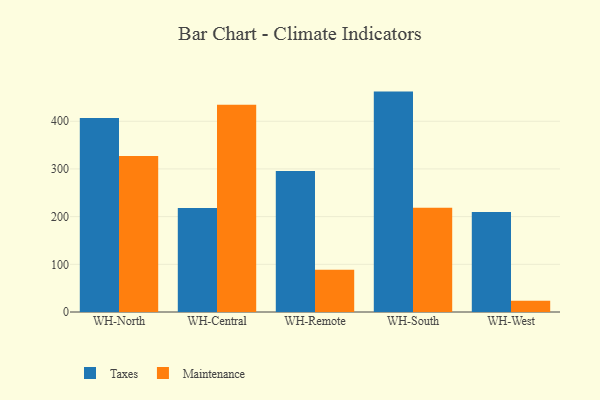
{"axis": {"x": "Warehouse", "y": "Energy Usage (MWh)"}, "legend": ["Maintenance", "Taxes"], "data": [{"x": "WH-North", "y": 406.6, "type": "Taxes"}, {"x": "WH-North", "y": 327.1, "type": "Maintenance"}, {"x": "WH-Central", "y": 218.1, "type": "Taxes"}, {"x": "WH-Central", "y": 434.8, "type": "Maintenance"}, {"x": "WH-Remote", "y": 295.6, "type": "Taxes"}, {"x": "WH-Remote", "y": 88.7, "type": "Maintenance"}, {"x": "WH-South", "y": 462.2, "type": "Taxes"}, {"x": "WH-South", "y": 218.7, "type": "Maintenance"}, {"x": "WH-West", "y": 209.5, "type": "Taxes"}, {"x": "WH-West", "y": 23.4, "type": "Maintenance"}]}